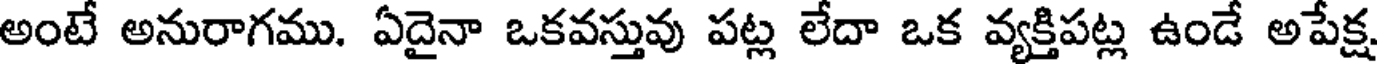
అంటే అనురాగము. ఏదైనా ఒకవస్తువు పట్ల లేదా ఒక వ్యక్తిపట్ల ఉండే అపేక్ష